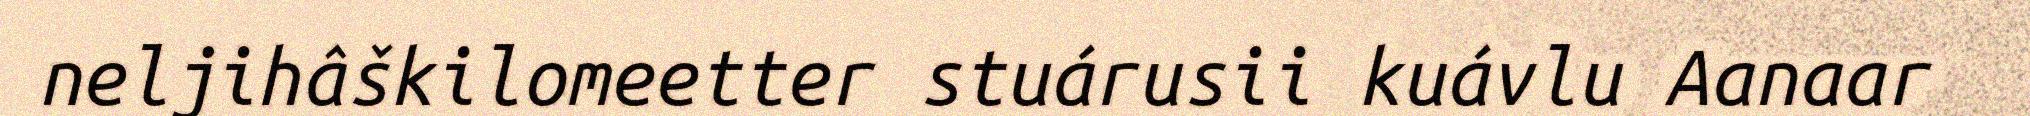
neljihâškilomeetter stuárusii kuávlu Aanaar